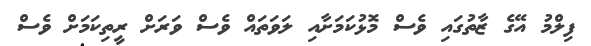
ފިލްމު އޭގެ ޒާތުގައި ވެސް މޮޅުކަމަށާއި ލަވަތައް ވެސް ވަރަށް ރީތިކަމަށް ވެސް